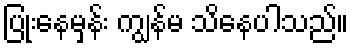
ပြုံးနေမှန်း ကျွန်မ သိနေပါသည်။